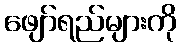
ဖျော်ရည်များကို